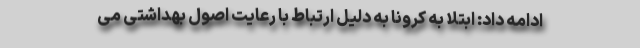
ادامه داد: ابتلا به کرونا به دلیل ارتباط با رعایت اصول بهداشتی می